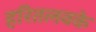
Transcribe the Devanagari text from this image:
हरितलवके